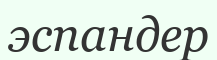
эспандер